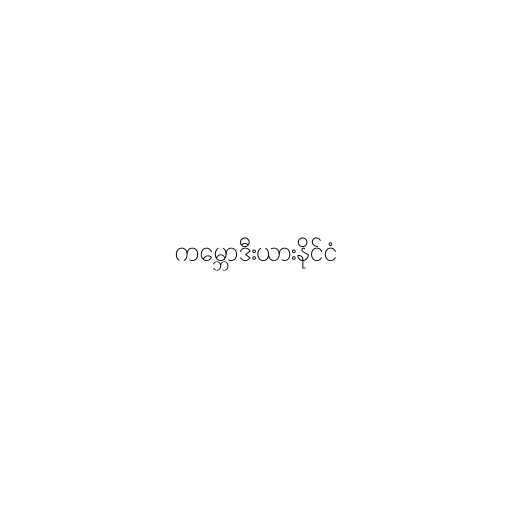
ကမ္ဘောဒီးယားနိုင်ငံ